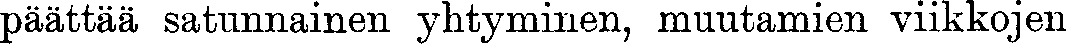
päättää satunnainen yhtyminen, muutamien viikkojen0001-5636_1917_6__P56_TL00022